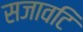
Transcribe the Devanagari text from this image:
सजावटि